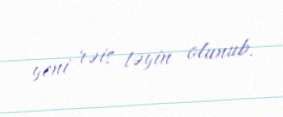
yeni rəis təyin olunub.